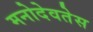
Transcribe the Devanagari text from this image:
मनोदेवतेस